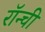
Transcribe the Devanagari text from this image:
रॉन्ची